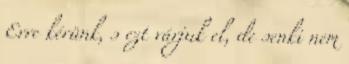
Erre kérünk, s ezt várjuk el, de senki nem